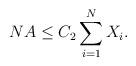
LaTeX: \begin{align*} N A \le C_2 \sum_{i=1}^N X_i.\end{align*}